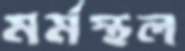
মর্মস্থল